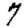
Digit: 7